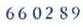
66 02 89